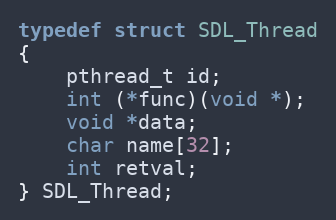
Language: C
typedef struct SDL_Thread
{
    pthread_t id;
    int (*func)(void *);
    void *data;
    char name[32];
    int retval;
} SDL_Thread;